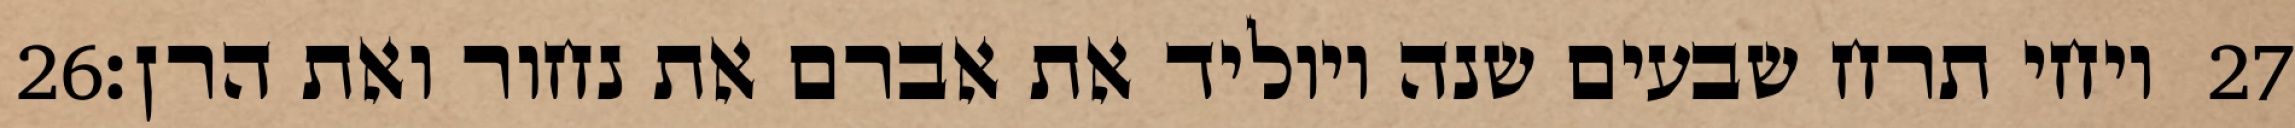
‎26‏ ויחי תרח שבעים שנה ויוליד את אברם את נחור ואת הרן׃ ‎27‏